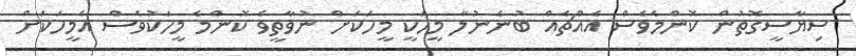
ސިޔާސީގޮތުން ކޮންމެވެސް އެއްޗެއް ބުނެނުލާ މީހަކީ މީހަކަށް ނުވާތީވެ ކޮންމެ މީހަކުވެސް އެމީހަކަށް